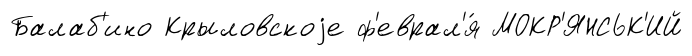
Балаб'ино Крыловскоjе ф'еврал'я́ МОКР'ЯНСЬК'ИЙ